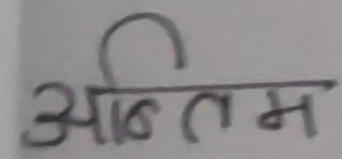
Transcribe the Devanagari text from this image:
अन्तिम